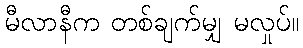
မီလာနီက တစ်ချက်မျှ မလှုပ်။